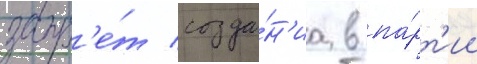
запр'е́т созда́н'иа в па́рт'ии